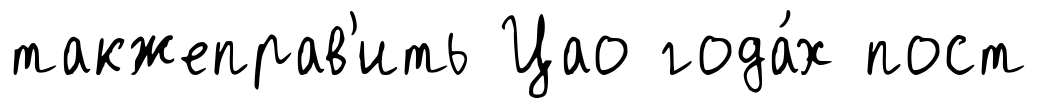
такжеправ'ить Цао года́х пост